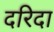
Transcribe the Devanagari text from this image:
दरिदा